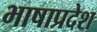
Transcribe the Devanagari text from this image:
भाषाप्रदेश